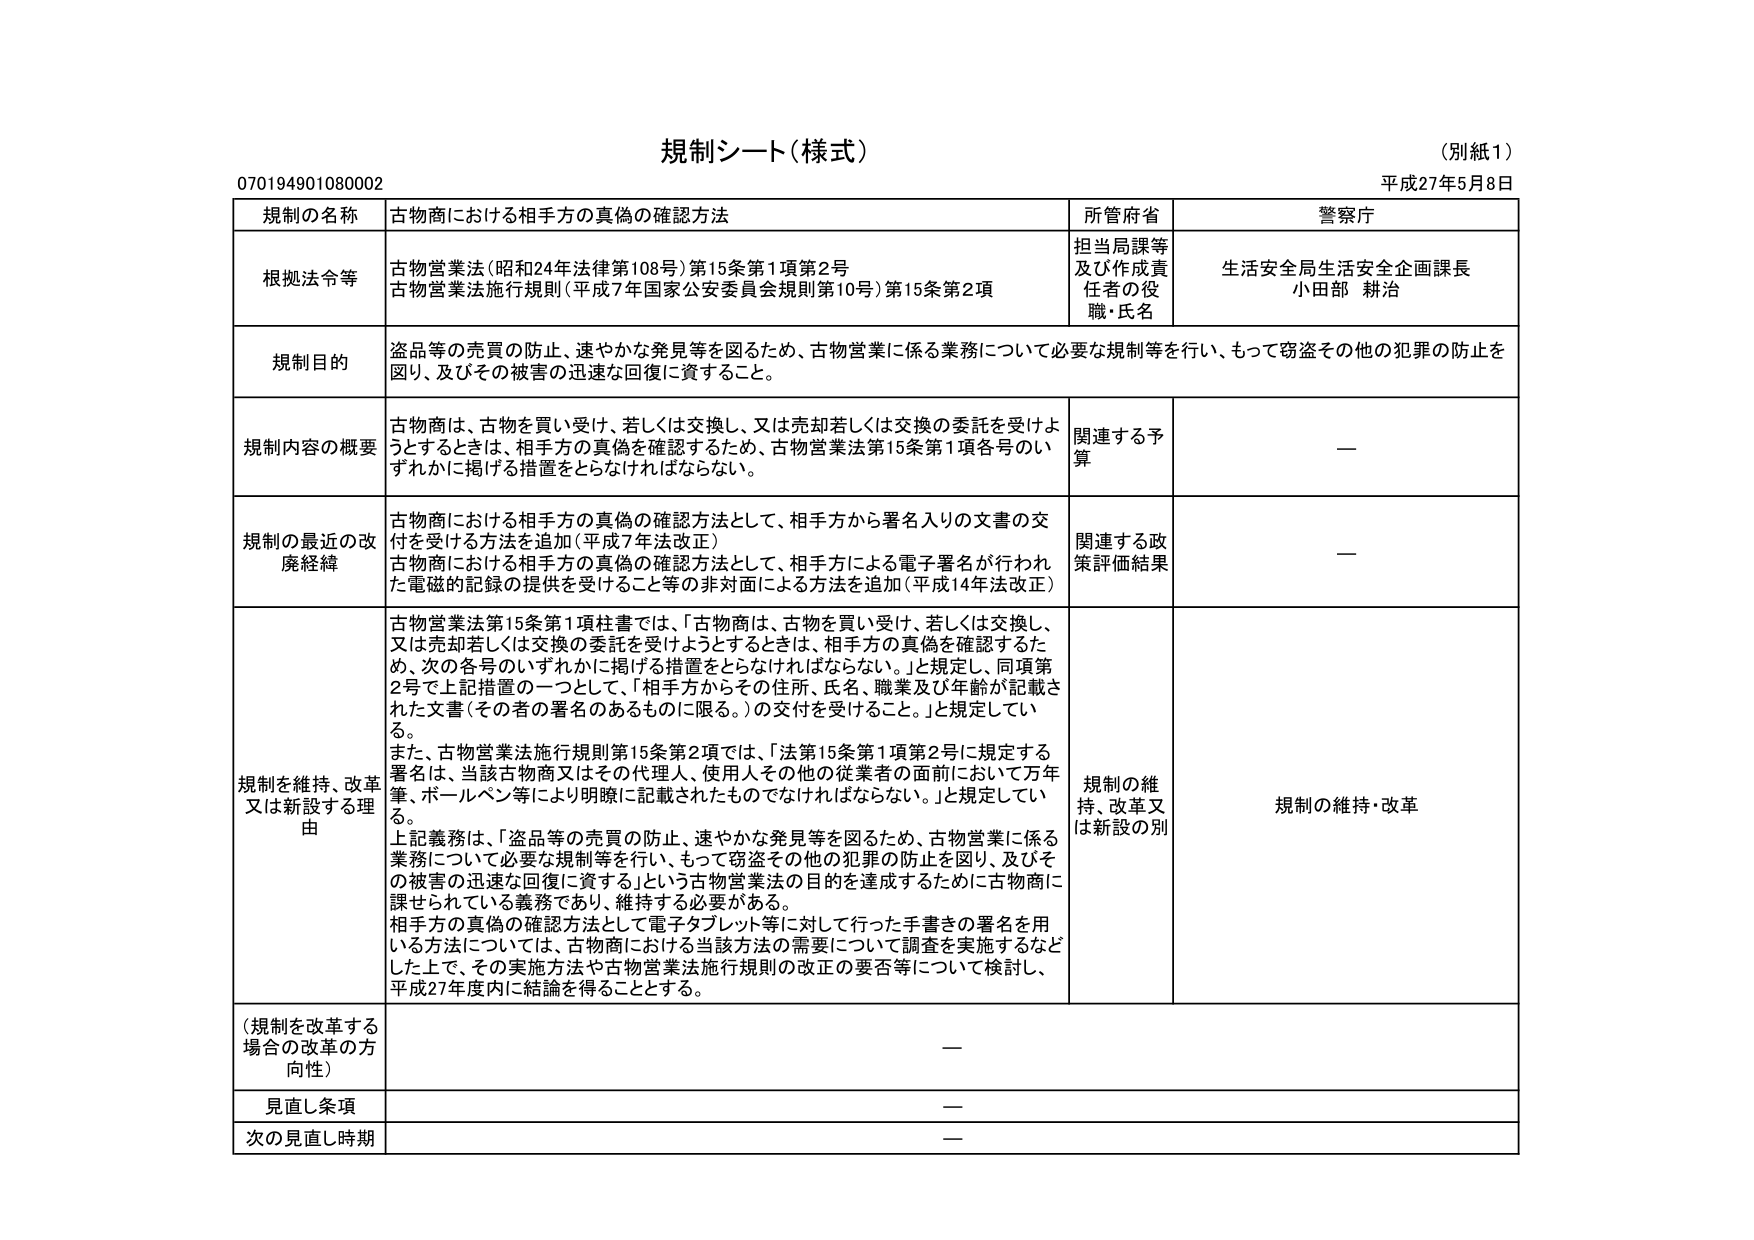
規制シート（様式）
（別紙１）
平成27年5月8日
070194901080002

規制の名称　古物商における相手方の真偽の確認方法
所管府省　警察庁

根拠法令等　古物営業法（昭和24年法律第108号）第15条第1項第2号
　　　　　　古物営業法施行規則（平成7年国家公安委員会規則第10号）第15条第2項
担当局課等及び作成責任者の役職・氏名　生活安全局生活安全企画課長
　　　　　　　　　　　　　　　　　　　小田部 耕治

規制目的　盗品等の売買の防止、速やかな発見等を図るため、古物営業に係る業務について必要な規制等を行い、もって窃盗その他の犯罪の防止を図り、及びその被害の迅速な回復に資すること。

規制内容の概要　古物商は、古物を買い受け、若しくは交換し、又は売却若しくは交換の委託を受けようとするときは、相手方の真偽を確認するため、古物営業法第15条第1項各号のいずれかに掲げる措置をとらなければならない。
関連する予算　—

規制の最近の改廃経緯　古物商における相手方の真偽の確認方法として、相手方から署名入りの文書の交付を受ける方法を追加（平成7年法改正）
　　　　　　　　　古物商における相手方の真偽の確認方法として、相手方による電子署名が行われた電磁的記録の提供を受けること等の非対面による方法を追加（平成14年法改正）
関連する政策評価結果　—

規制を維持、改革又は新設する理由　古物営業法第15条第1項柱書では、「古物商は、古物を買い受け、若しくは交換し、又は売却若しくは交換の委託を受けようとするときは、相手方の真偽を確認するため、次の各号のいずれかに掲げる措置をとらなければならない。」と規定し、同項第2号で上記措置の一つとして、「相手方からその住所、氏名、職業及び年齢が記載された文書（その者の署名のあるものに限る。）の交付を受けること。」と規定している。
　　　　　　　　　また、古物営業法施行規則第15条第2項では、「法第15条第1項第2号に規定する署名は、当該古物商又はその代理人、使用人その他の従業者の面前において万年筆、ボールペン等により明瞭に記載されたものでなければならない。」と規定している。
　　　　　　　　　上記義務は、「盗品等の売買の防止、速やかな発見等を図るため、古物営業に係る業務について必要な規制等を行い、もって窃盗その他の犯罪の防止を図り、及びその被害の迅速な回復に資する」という古物営業法の目的を達成するために古物商に課せられている義務であり、維持する必要がある。
　　　　　　　　　相手方の真偽の確認方法として電子タブレット等に対して行った手書きの署名を用いる方法については、古物商における当該方法の需要について調査を実施するなどした上で、その実施方法や古物営業法施行規則の改正の要否等について検討し、平成27年度内に結論を得ることとする。
規制の維持、改革又は新設の別　規制の維持・改革

（規制を改革する場合の改革の方向性）　—
見直し条項　—
次の見直し時期　—